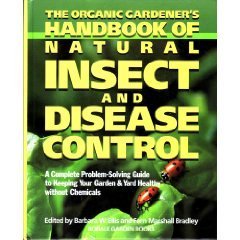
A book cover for The Organic Gardener's Handbook of Natural Insect and Disease Control: A Complete Problem-Solving Guide to Keeping Your Garden & Yard Healthy Without Chemicals; Crafts, Hobbies & Home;